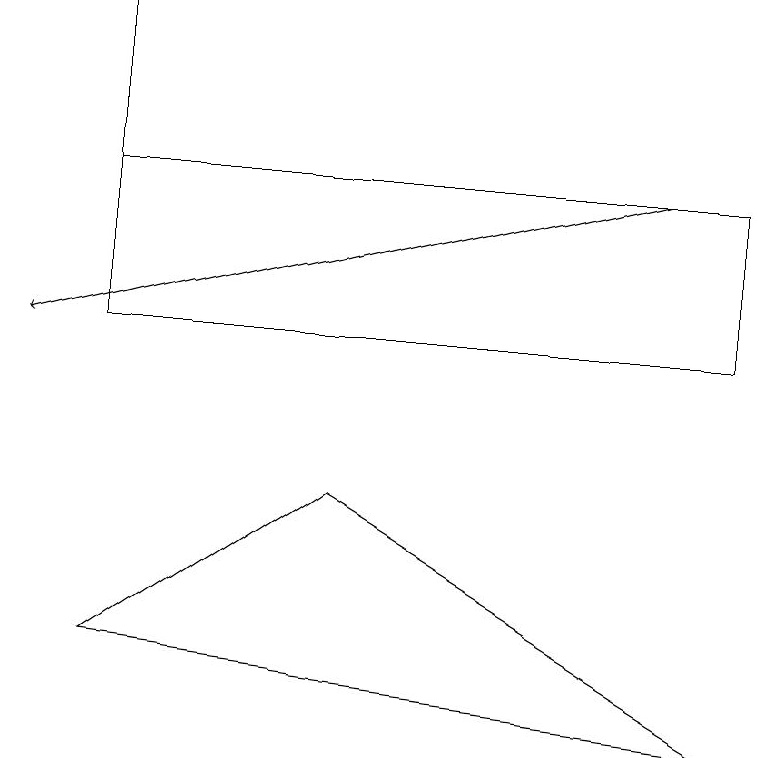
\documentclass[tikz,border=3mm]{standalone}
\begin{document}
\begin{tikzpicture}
\draw[->] (8,13) -- (0,11);
\draw (9,11) rectangle (1,13);
\draw (1,11) rectangle (1,15);
\draw (9,6) -- (4,9) -- (1,7) -- cycle;
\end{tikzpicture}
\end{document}